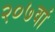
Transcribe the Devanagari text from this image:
२०७वां